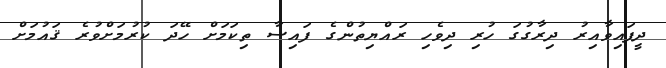
ދީފައިވާއިރު ދިރާގުގަ ހުރި ދިވެހި ރައްޔިތުންގެ ފައިސާ ތިކަމަށް ހޭދަ ކުރުމަށްވުރެ ޤައުމަށް